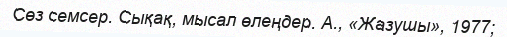
Сөз семсер. Сықақ, мысал өлеңдер. А., «Жазушы», 1977;